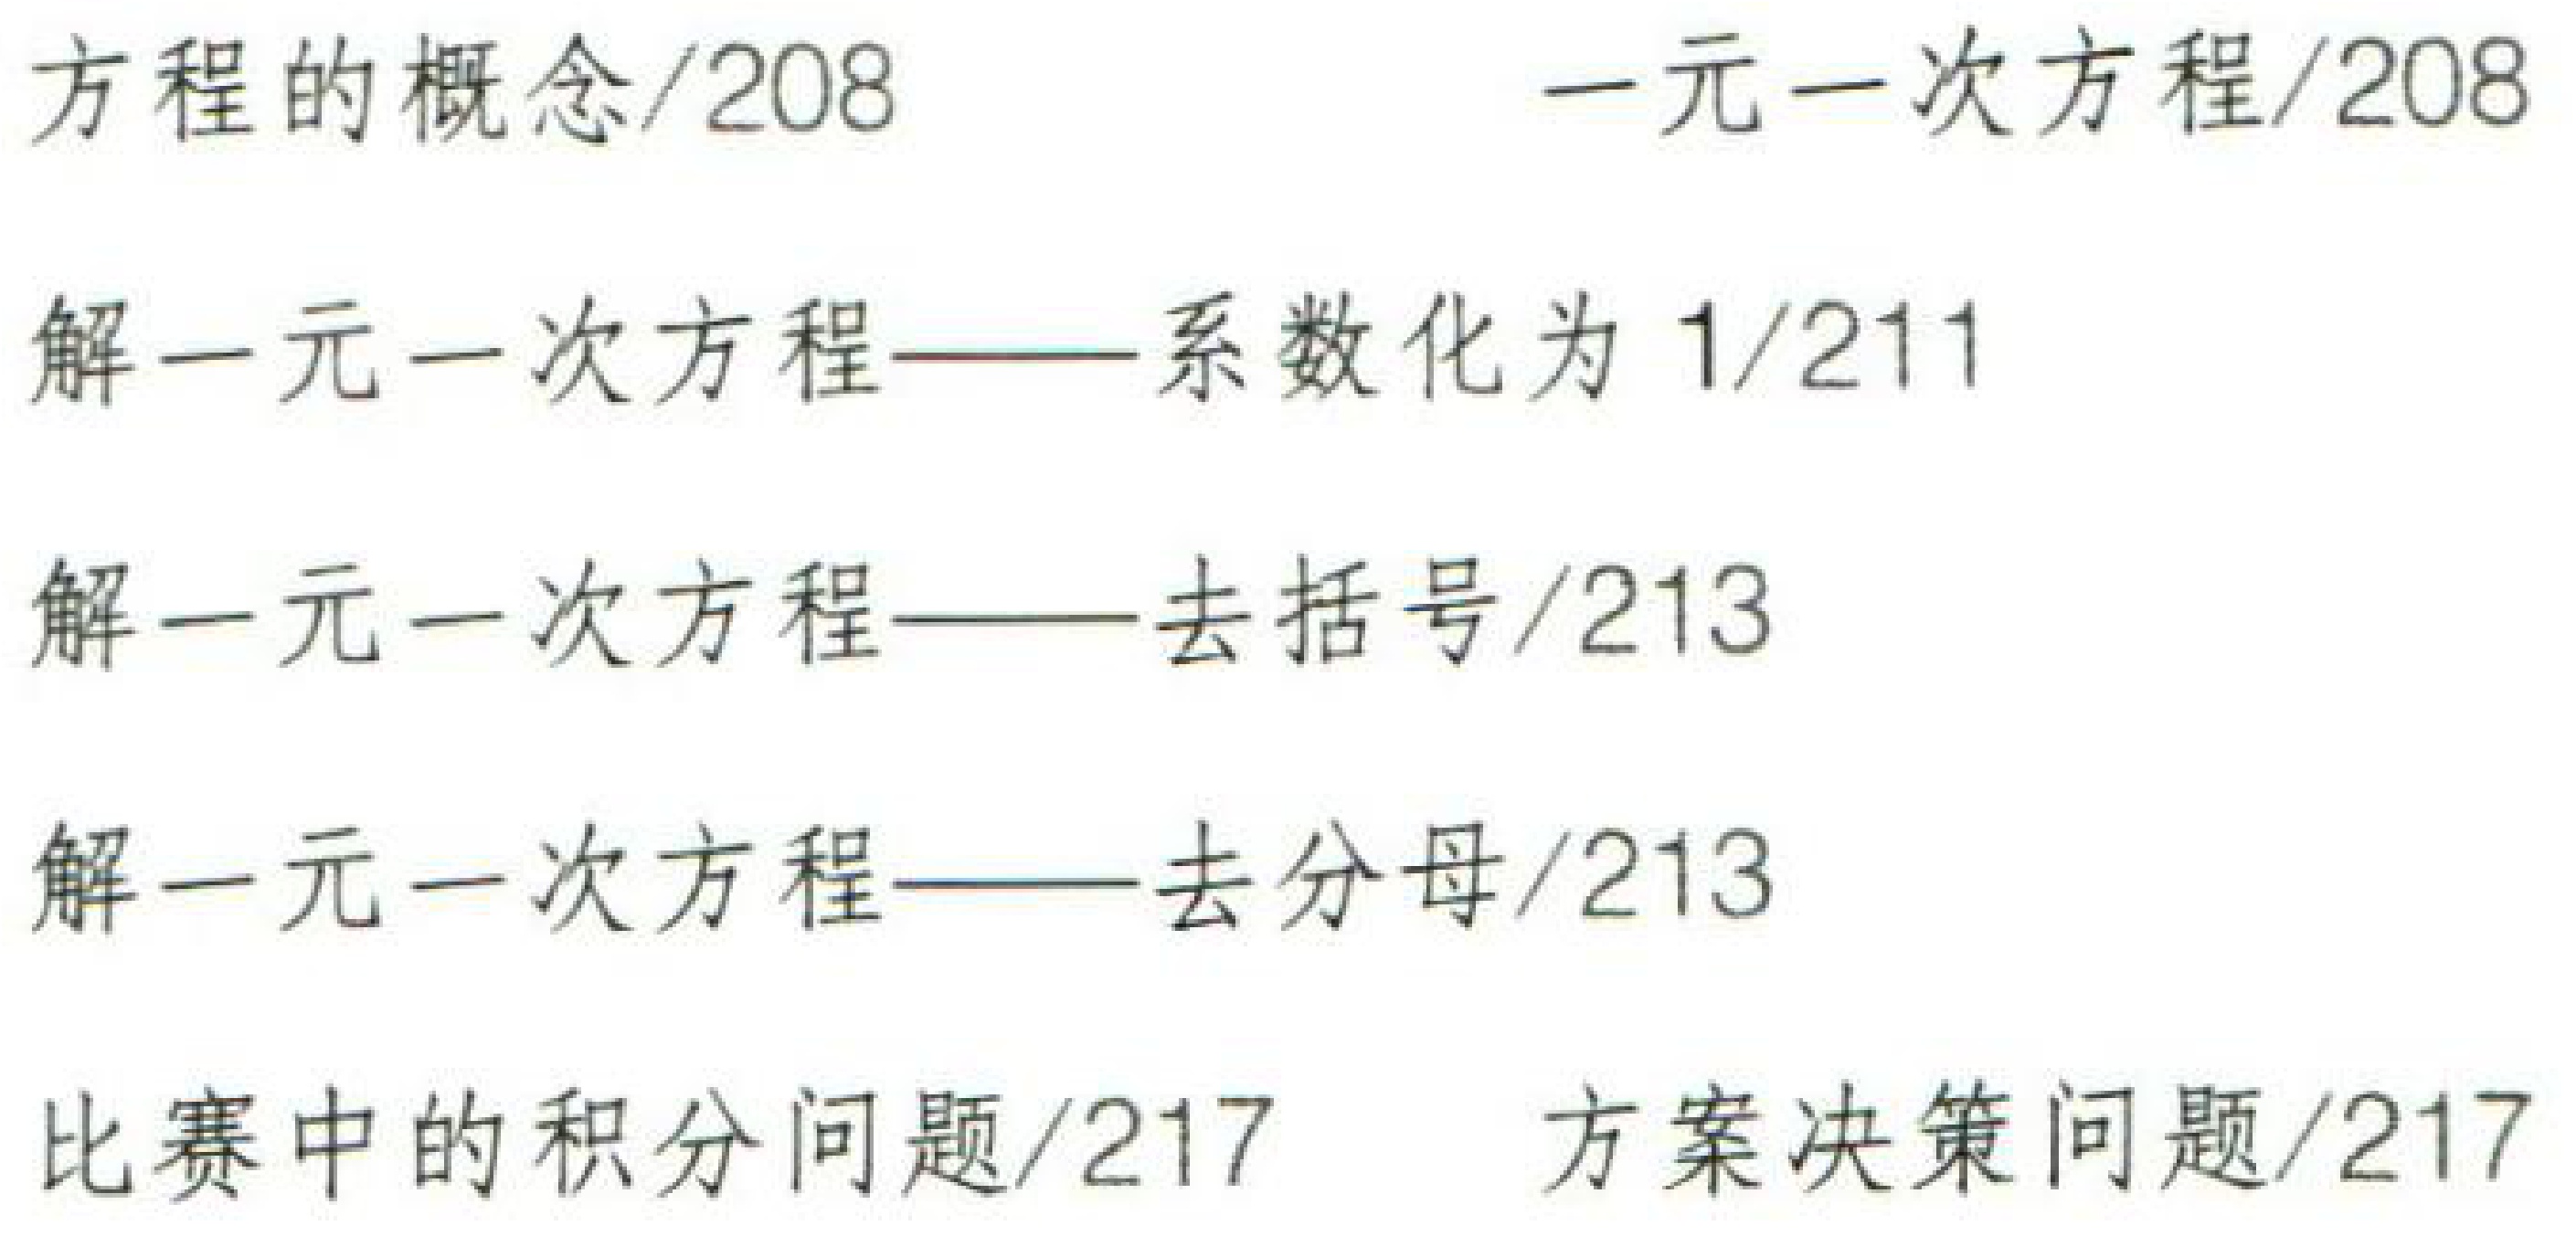
方程的概念/208 \quad 一元一次方程/208\\

解一元一次方程——系数化为 1/211\\

解一元一次方程——去括号/213\\

解一元一次方程——去分母/213\\

比赛中的积分问题/217 \quad 方案决策问题/217